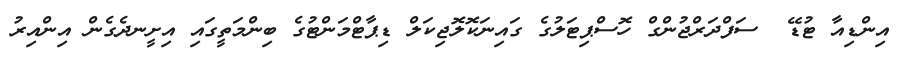
އިންޑިއާ ޓުޑޭ  ސަފްދަރްޖުންގް ހޮސްޕިޓަލުގެ ގައިނަކޮލޮޖިކަލް ޑިޕާޓްމަންޓުގެ ބިންމަތީގައި އިށީނދެގެން އިންއިރު